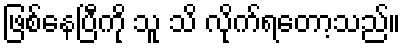
ဖြစ်နေပြီကို သူ သိ လိုက်ရတော့သည်။